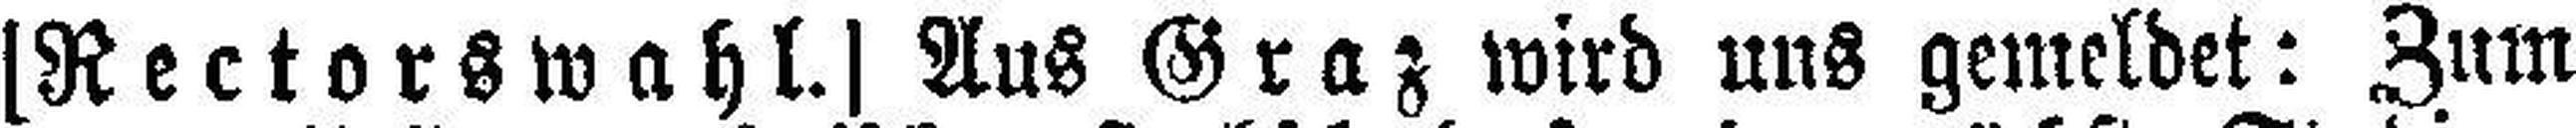
[Rectorswahl.] Aus Graz wird uns gemeldet: Zum